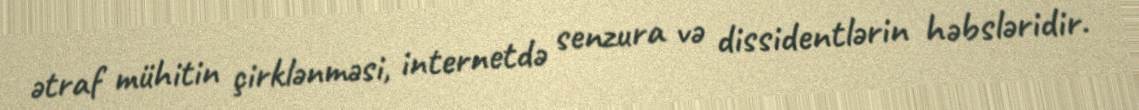
ətraf mühitin çirklənməsi, internetdə senzura və dissidentlərin həbsləridir.